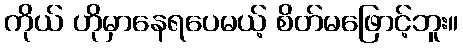
ကိုယ် ဟိုမှာနေရပေမယ့် စိတ်မဖြောင့်ဘူး။